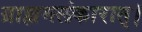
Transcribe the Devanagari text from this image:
ग्राह्ममलंकारात्।